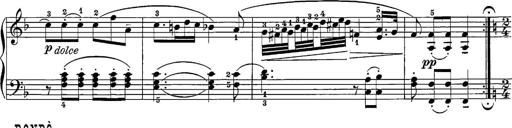
Title: 12 Sonatine per Pianoforte
Composer: Friedrich Kuhlau